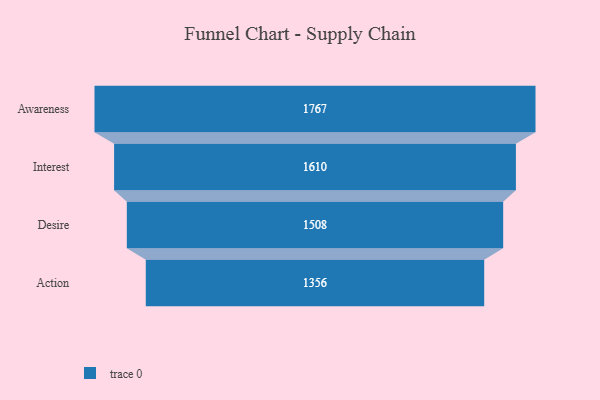
{"axis": {"x": "Stage", "y": "Value"}, "legend": [""], "data": [{"x": "Awareness", "y": 1767.0, "type": ""}, {"x": "Interest", "y": 1610.0, "type": ""}, {"x": "Desire", "y": 1508.0, "type": ""}, {"x": "Action", "y": 1356.0, "type": ""}]}